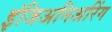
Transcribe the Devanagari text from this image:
इंजिअनिअरिंग